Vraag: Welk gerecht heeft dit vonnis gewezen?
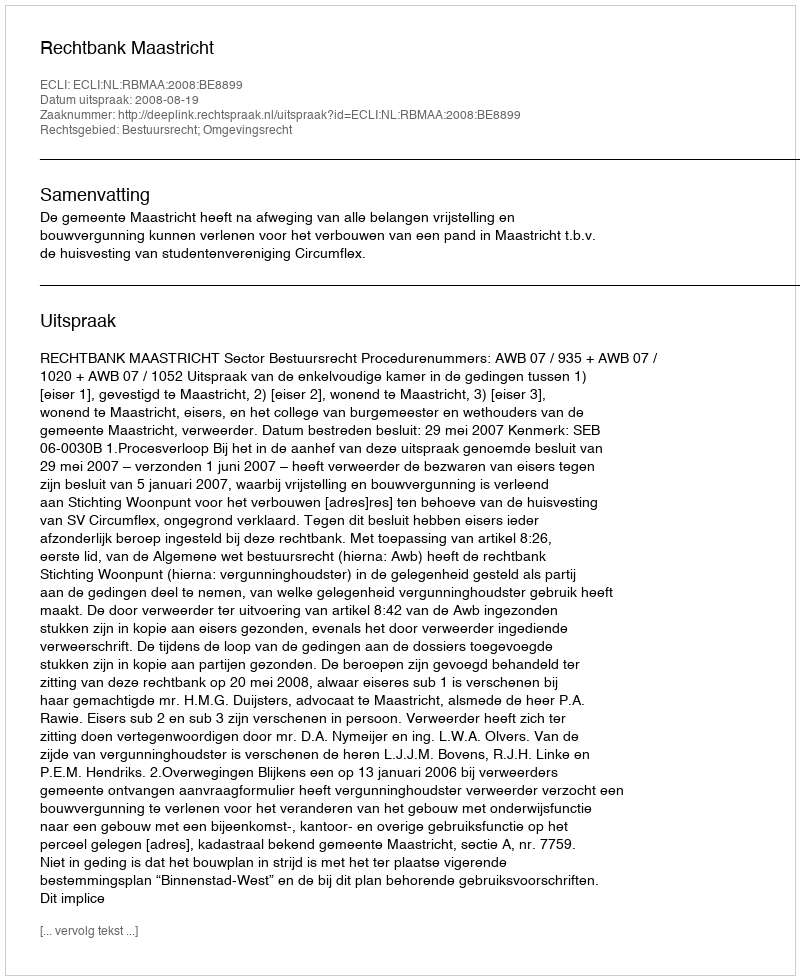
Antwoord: Rechtbank Maastricht